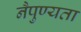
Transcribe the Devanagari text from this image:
नैपुण्यता